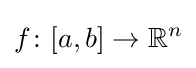
f\colon [a,b]\to \mathbb {R} ^{n}